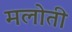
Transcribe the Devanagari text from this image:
मलोती